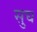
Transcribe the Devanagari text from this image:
सुघ